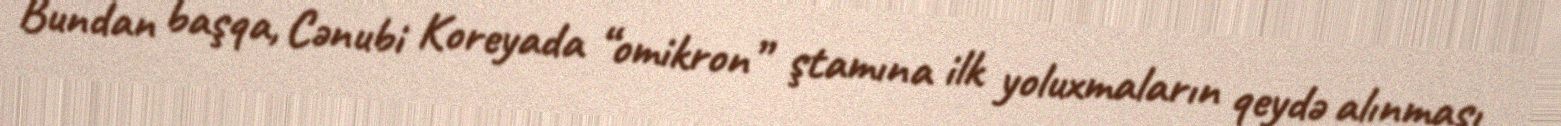
Bundan başqa, Cənubi Koreyada “omikron” ştamına ilk yoluxmaların qeydə alınması